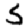
Digit: 5